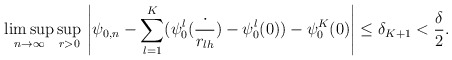
\begin{align*}\limsup_{n\to\infty}\sup_{r>0}\,\left|\psi_{0,n}-\sum_{l=1}^{K}(\psi^l_0(\frac{\cdot}{r_{lh}})-\psi^l_0(0))-\psi_0^K(0)\right|\leq \delta_{K+1}<\frac{\delta}{2}.\end{align*}